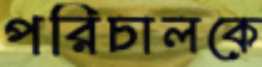
পরিচালকে